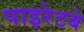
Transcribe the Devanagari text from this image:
पाइरेटबे